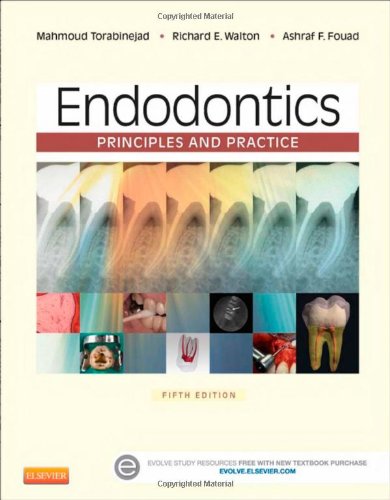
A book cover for Endodontics: Principles and Practice, 5e; Mahmoud Torabinejad DMD  MSD  PhD; Medical Books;